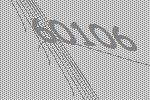
60106